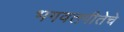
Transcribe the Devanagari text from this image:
भगवतगीतेचे